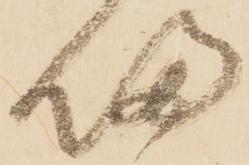
帰